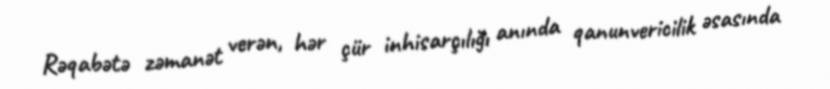
Rəqabətə zəmanət verən, hər çür inhisarçılığı anında qanunvericilik əsasında